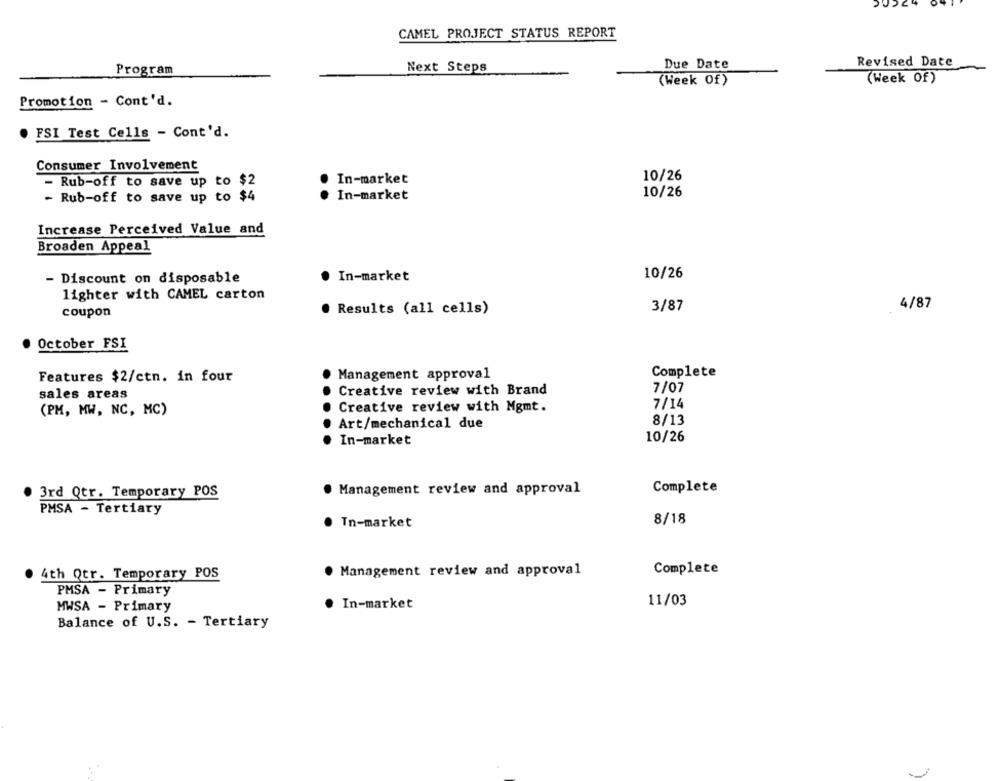
CAMEL PROJECT STATUS REPORT
Revised Date
Program
Next Steps
Due Date
(Week Of)
(Week Of)
Promotion - Cont'd.
FSI Test Cells - Cont'd.
Consumer Involvement
In-market
10/26
Rub-off to save up to $2
In-market
10/26
- Rub-off to save up to $4
Increase Perceived Value and
Broaden Appeal
10/26
- Discount on disposable
. In-market
lighter with CAMEL carton
4/87
. Results (all cells)
3/87
coupon
· October FSI
Management approval
Complete
Features $2/ctn. in four
7/07
sales areas
Creative review with Brand
7/14
(PM, MW, NC, MC)
Creative review with Mgmt.
8/13
Art/mechanical due
10/26
In-market
3rd Qtr. Temporary POS
. Management review and approval
Complete
PMSA - Tertiary
8/18
Tn-market
4th Qtr. Temporary POS
. Management review and approval
Complete
PMSA - Primary
11/03
MWSA - Primary
. In-market
Balance of U.S. - Tertiary